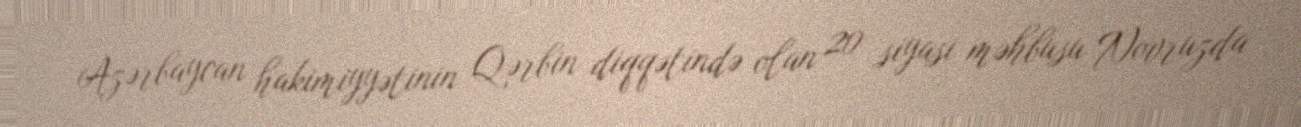
Azərbaycan hakimiyyətinin Qərbin diqqətində olan 20 siyasi məhbusu Novruzda